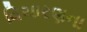
વિચારણના